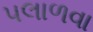
પલાળવા